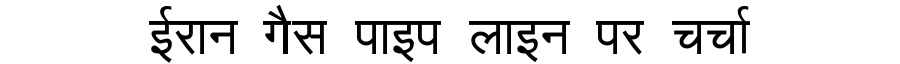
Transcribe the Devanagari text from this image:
ईरान गैस पाइप लाइन पर चर्चा